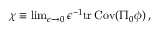
\begin{array} { r } { \chi \equiv \operatorname* { l i m } _ { \epsilon \rightarrow 0 } \epsilon ^ { - 1 } \mathrm { t r } \, { \mathrm { C o v } ( \Pi _ { 0 } { { \phi } } ) } \, , } \end{array}